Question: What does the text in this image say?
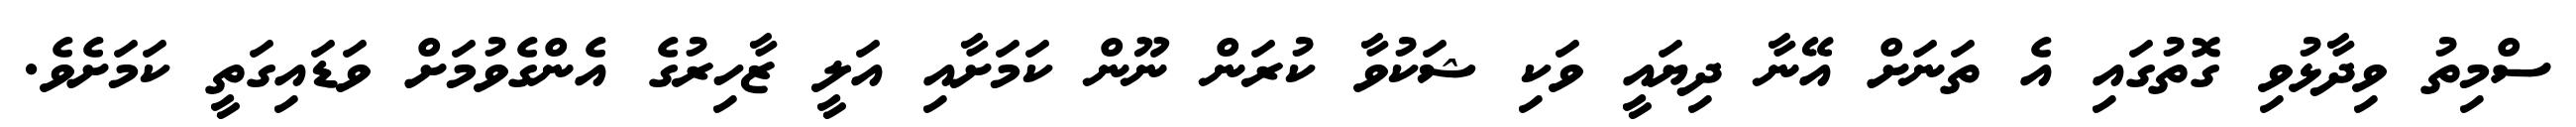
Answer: ސްމިތު ވިދާޅުވި ގޮތުގައި އެ ތަނަށް އޭނާ ދިޔައީ ވަކި ޝަކުވާ ކުރަން ނޫން ކަމަށާއި އަލީ ޒާހިރުގެ އެންގެވުމަށް ވަޑައިގަތީ ކަމަށެވެ.